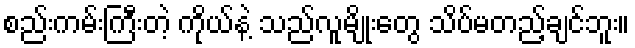
စည်းကမ်းကြီးတဲ့ ကိုယ်နဲ့ သည်လူမျိုးတွေ သိပ်မတည့်ချင်ဘူး။